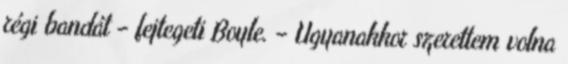
régi bandát – fejtegeti Boyle. – Ugyanakkor szerettem volna